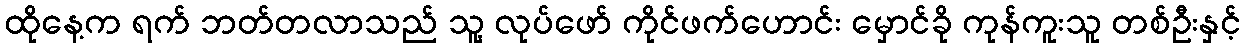
ထိုနေ့က ရက် ဘတ်တလာသည် သူ့ လုပ်ဖော် ကိုင်ဖက်ဟောင်း မှောင်ခို ကုန်ကူးသူ တစ်ဦးနှင့်